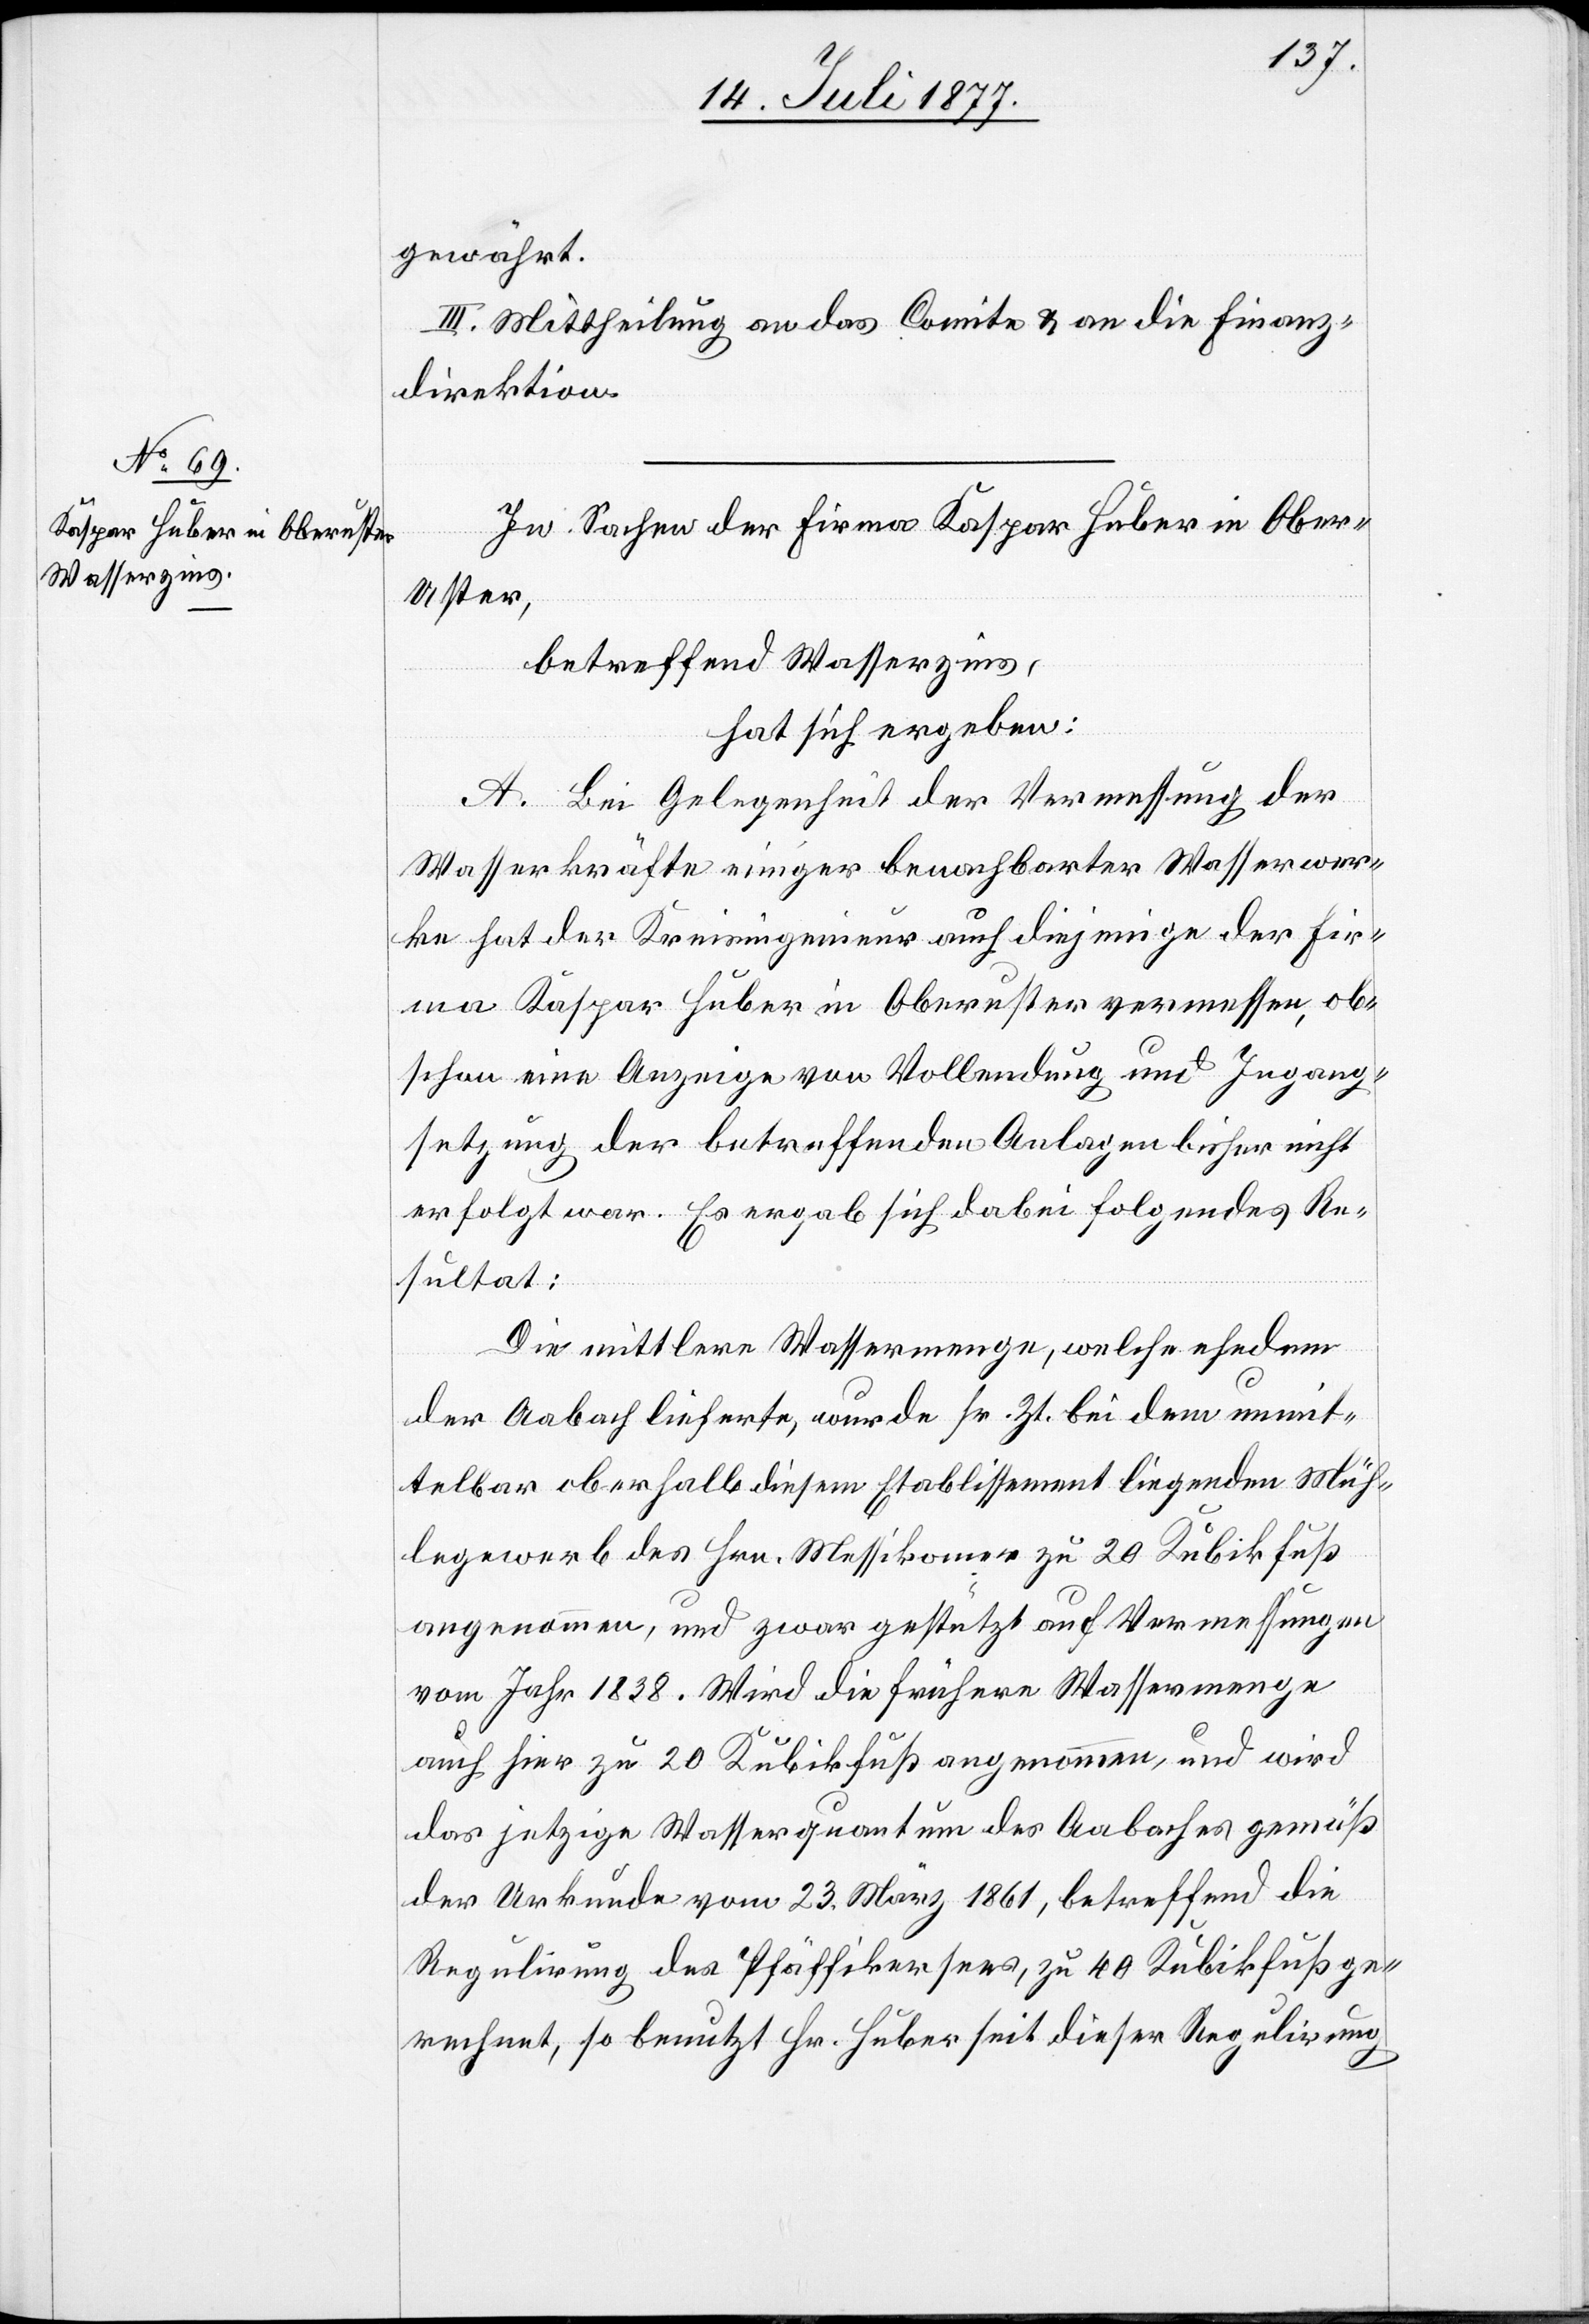
gewährt.
III. Mittheilung an das Comite & an die Finanz¬
direktion.
In Sachen der Firma Kaspar Huber in Ober-U¬
ster,
betreffend Wasserzins,
hat sich ergeben:
A. Bei Gelegenheit der Vermessung der
Wasserkräfte einiger benachbarter Wasserwer¬
ke hat der Kreisingenieur auch diejenige der Fir¬
ma Kaspar Huber in Oberuster vermessen, ob¬
schon eine Anzeige von Vollendung und Ingang¬
setzung der betreffenden Anlagen bisher nicht
erfolgt war. Es ergab sich dabei folgendes Re¬
sultat:
Die mittlere Wassermenge, welche ehedem
der Aabach lieferte, wurde sr. Zt. bei dem unmit¬
telbar oberhalb diesem Etablissement liegenden Müh¬
legewerb des Hrn. Messikomer zu 20 Kubikfuß
angenommen, und zwar gestützt auf Vermessungen
vom Jahr 1838. Wird die frühere Wassermenge
auch hier zu 20 Kubikfuß angenommen, und wird
das jetzige Wasserquantum des Aabaches gemäß
der Urkunde vom 23. März 1861, betreffend die
Regulirung des Pfäffikersees, zu 40 Kubikfuß ge¬
rechnet, so benutzt Hr. Huber seit dieser Regulirung